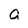
Character: a